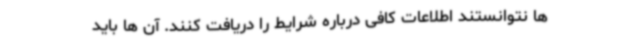
ها نتوانستند اطلاعات کافی درباره شرایط را دریافت کنند. آن ها باید